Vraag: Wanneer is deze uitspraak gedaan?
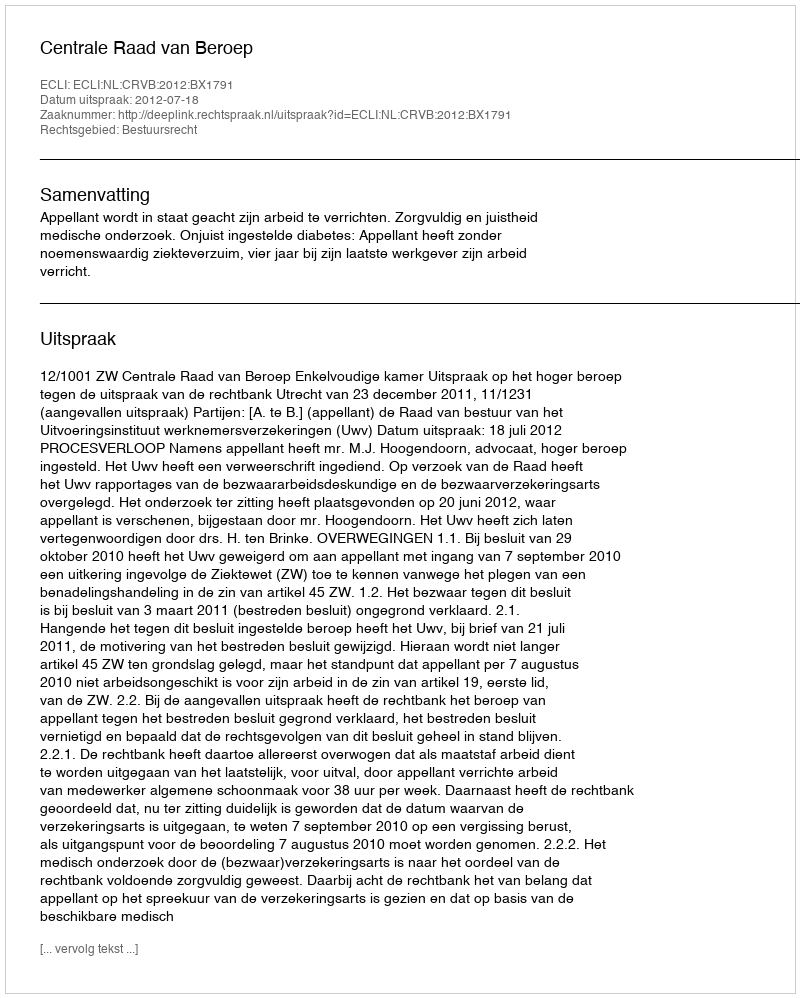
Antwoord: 2012-07-18